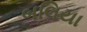
બલિયા